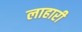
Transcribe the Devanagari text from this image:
लाहारी